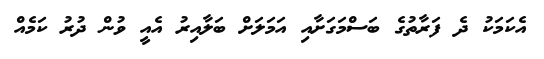
އެކަމަކު ދެ ފަރާތުގެ ބަސްމަގަށާއި އަމަލަށް ބަލާއިރު އެއީ ވުން ދުރު ކަމެއް